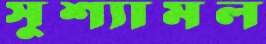
সুশ্যামল